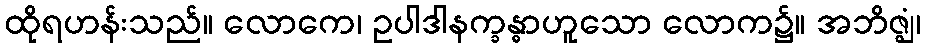
ထိုရဟန်းသည်။ လောကေ၊ ဥပါဒါနက္ခန္ဓာဟူသော လောက၌။ အဘိဇ္ဈံ၊